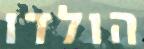
הולדו